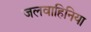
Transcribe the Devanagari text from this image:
जलवाहिनिया